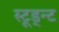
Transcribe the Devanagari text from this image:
स्टूड्न्ट